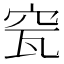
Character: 𥥟